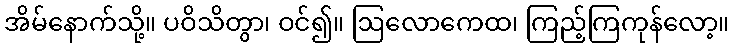
အိမ်နောက်သို့။ ပဝိသိတွာ၊ ဝင်၍။ ဩလောကေထ၊ ကြည့်ကြကုန်လော့။